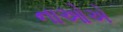
નાઓએ